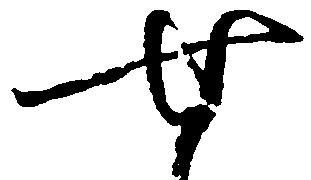
せ